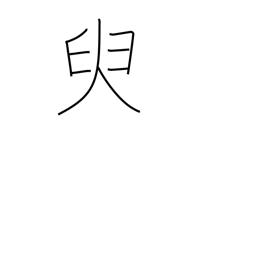
Meaning: a little while